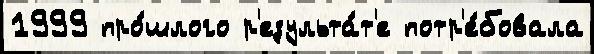
1999 про́шлого р'езульта́т'е потр'е́бовала